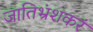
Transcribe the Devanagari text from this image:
जातिभ्रंशकरं